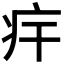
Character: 𤴲